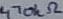
Text: 470kΩ